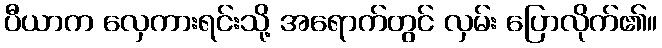
ပီယာက လှေကားရင်းသို့ အရောက်တွင် လှမ်း ပြောလိုက်၏။